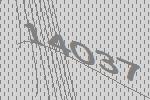
14037